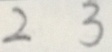
2 3